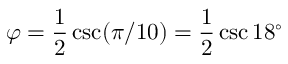
\varphi = { \frac { 1 } { 2 } } \csc ( \pi / 1 0 ) = { \frac { 1 } { 2 } } \csc 1 8 ^ { \circ }